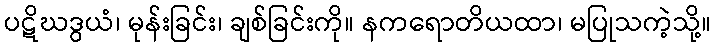
ပဋိဃဒွယံ၊ မုန်းခြင်း၊ ချစ်ခြင်းကို။ နကရောတိယထာ၊ မပြုသကဲ့သို့။